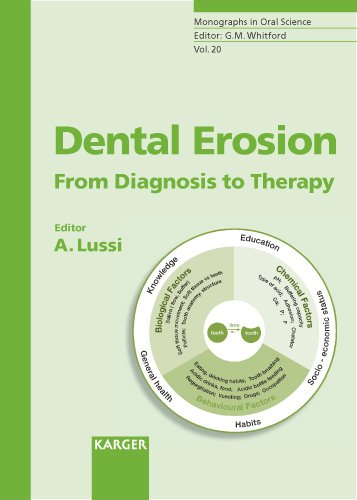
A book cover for Dental Erosion: From Diagnosis to Therapy (Monographs in Oral Science, Vol. 20); Medical Books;